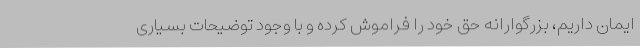
ایمان داریم، بزرگوارانه حق خود را فراموش کرده و با وجود توضیحات بسیاری